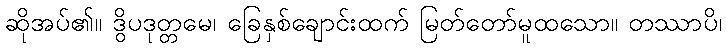
ဆိုအပ်၏။ ဒွိပဒုတ္တမေ၊ ခြေနှစ်ချောင်းထက် မြတ်တော်မူထသော။ တဿာပိ၊